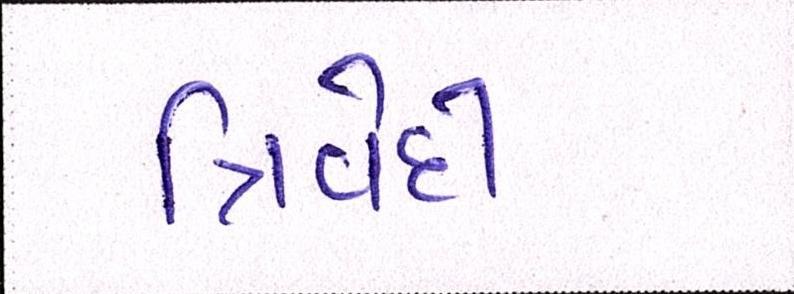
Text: ત્રિવેદી